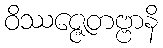
ဝိဿဇ္ဇေတဗ္ဗာနိ